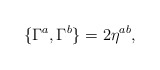
\begin{align*}\{\Gamma^{a},\Gamma^{b}\}=2\eta^{ab},\end{align*}